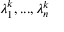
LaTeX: \lambda _ { 1 } ^ { k } , . . . , \lambda _ { n } ^ { k }